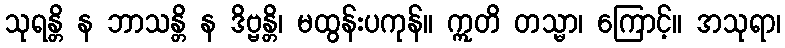
သုရန္တိ န ဘာသန္တိ န ဒိဗ္ဗန္တိ၊ မထွန်းပကုန်။ ဣတိ တသ္မာ၊ ကြောင့်။ အသုရာ၊